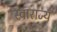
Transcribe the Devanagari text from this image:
स्वाराज्यं